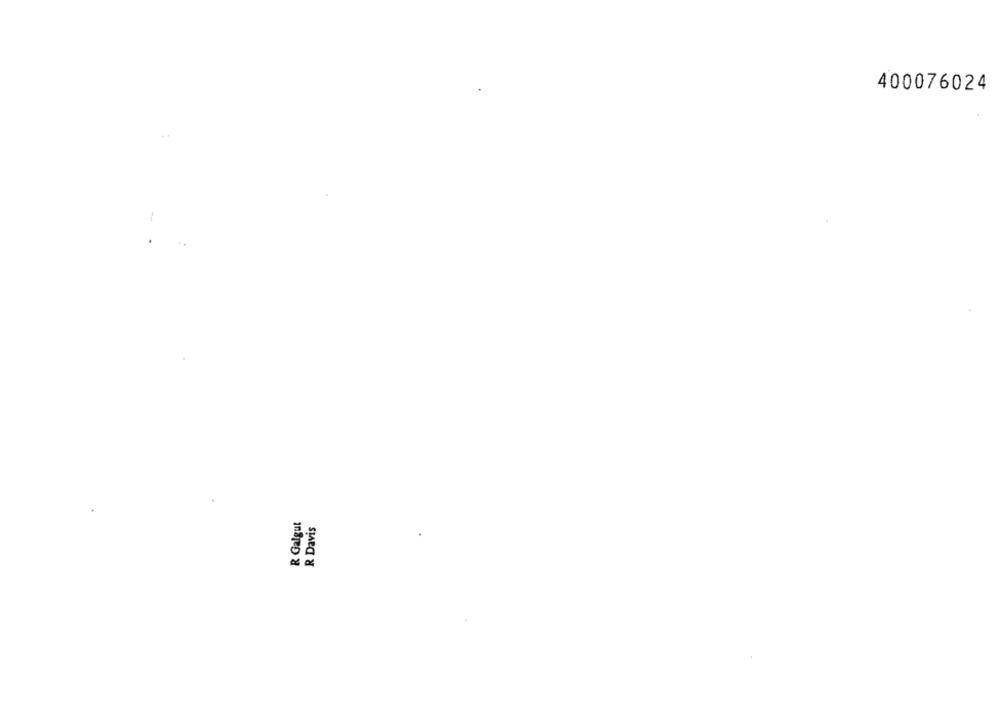
400076024
..
R Galgut
R Davis